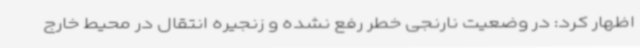
اظهار کرد: در وضعیت نارنجی خطر رفع نشده و زنجیره انتقال در محیط خارج